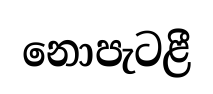
නොපැටළී